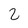
Character: 2